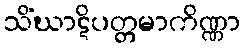
သိံဃာဋိပတ္တမာကိဏ္ဏာ